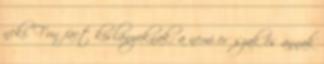
neki. Fun fact kislányoknak: a nemi erőszak és annak